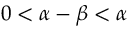
0 < \alpha - \beta < \alpha